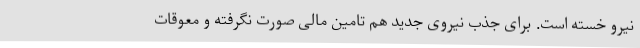
نیرو خسته است. برای جذب نیروی جدید هم تامین مالی صورت نگرفته و معوقات